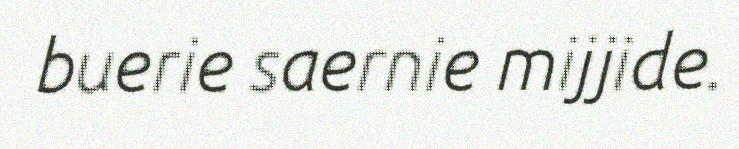
buerie saernie mijjide.